system: You are a helpful assistant.
user:
Analyze the provided spectrum to determine if it is a **S-type Star**.

- **Key Indicators for S-type Star:**

    - **(Overall Spectrum Shape):** The first and most obvious characteristic is the overall continuum (the "baseline" shape). It is **extremely "red-sloping,"** meaning the flux (light intensity) is very low on the left side (blue, ~4000-4500 Å) and rises steeply and continuously toward the right side (red, ~7000 Å+).

    - **(Primary):** The spectrum is defined by the presence of strong, broad molecular absorption "valleys" (bands) from **Zirconium Oxide (ZrO)**. The identification of these bands is the **primary requirement** for classifying a star as S-type.
        - **(Key Bandheads):** You must find distinct, deep "dips" where the light has been absorbed. The most critical band systems to locate are:
            - **~6474 Å** ($\gamma$-system): This is often the strongest and clearest ZrO feature, found in the red part of the spectrum.
            - **~5718 Å** & **~5551 Å** ($\beta$-system): A pair of prominent absorption features in the yellow-orange part of the spectrum.
            - **~4640 Å** ($\alpha$-system): A key absorption band system in the blue-green region of the spectrum.

    - **(Secondary Confirmation):** The classification is strengthened by finding additional absorption bands from other related heavy element oxides, which are expected to be present alongside ZrO.
        - **(Key Bandheads):**
            - **Yttrium Oxide (YO):** Look for absorption dips near **~4800 Å** and **~6100 Å**.
            - **Lanthanum Oxide (LaO):** Additional absorption features, particularly in the red-orange part of the spectrum, are also characteristic.

    - **(Line Profile):** The combination of the steep red continuum and these numerous, deep molecular bands (ZrO, YO, etc.) gives the entire spectrum a very **"chopped-up"** or **"bumpy"** appearance. Instead of a smooth curve, the spectrum looks as though large, wide chunks of light have been "carved out" of it at the specific wavelengths listed above.

Think first, call **spectral_visualization_tool** if needed to examine features in detail, then provide your final answer. Your response must adhere to the following strict rules:
1.  **Overall Structure:** Your response must follow the format `<think>...</think> <tool_call>...</tool_call> (if a tool is used) <answer>...</answer>`.
2.  **Tool Usage Constraint:** You may only make **one** tool call per turn.
3.  **Final Answer Format:** In the `<answer>` tag, your conclusion must be inside a `\boxed{}` command (e.g., `\boxed{YES}` or `\boxed{NO}`), followed by your justification.

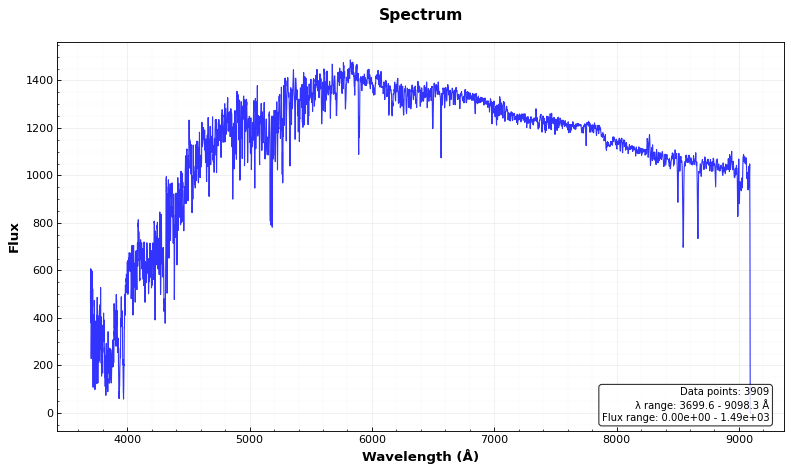
Answer: NO